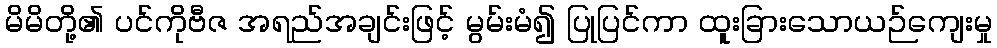
မိမိတို့၏ ပင်ကိုဗီဇ အရည်အချင်းဖြင့် မွမ်းမံ၍ ပြုပြင်ကာ ထူးခြားသောယဉ်ကျေးမှု